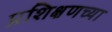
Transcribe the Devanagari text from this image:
प्रशिक्षणच्या